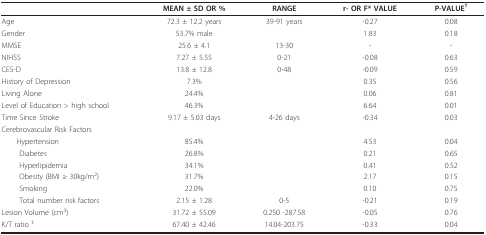
<table><thead><tr><td></td><td><b>MEAN ± SD OR %</b></td><td><b>RANGE</b></td><td><b>r- OR F* VALUE</b></td><td><b>P-VALUE<sup>†</sup></b></td></tr></thead><tbody><tr><td>Age</td><td>72.3 ± 12.2 years</td><td>39-91 years</td><td>-0.27</td><td>0.08</td></tr><tr><td>Gender</td><td>53.7% male</td><td></td><td>1.83</td><td>0.18</td></tr><tr><td>MMSE</td><td>25.6 ± 4.1</td><td>13-30</td><td>-</td><td>-</td></tr><tr><td>NIHSS</td><td>7.27 ± 5.55</td><td>0-21</td><td>-0.08</td><td>0.63</td></tr><tr><td>CES-D</td><td>13.8 ± 12.8</td><td>0-48</td><td>-0.09</td><td>0.59</td></tr><tr><td>History of Depression</td><td>7.3%</td><td></td><td>0.35</td><td>0.56</td></tr><tr><td>Living Alone</td><td>24.4%</td><td></td><td>0.06</td><td>0.81</td></tr><tr><td>Level of Education &gt; high school</td><td>46.3%</td><td></td><td>6.64</td><td>0.01</td></tr><tr><td>Time Since Stroke</td><td>9.17 ± 5.03 days</td><td>4-26 days</td><td>-0.34</td><td>0.03</td></tr><tr><td>Cerebrovascular Risk Factors</td><td></td><td></td><td></td><td></td></tr><tr><td> Hypertension</td><td>85.4%</td><td></td><td>4.53</td><td>0.04</td></tr><tr><td>Diabetes</td><td>26.8%</td><td></td><td>0.21</td><td>0.65</td></tr><tr><td>Hyperlipidemia</td><td>34.1%</td><td></td><td>0.41</td><td>0.52</td></tr><tr><td>Obesity (BMI ≥ 30kg/m<sup>2</sup>)</td><td>31.7%</td><td></td><td>2.17</td><td>0.15</td></tr><tr><td>Smoking</td><td>22.0%</td><td></td><td>0.10</td><td>0.75</td></tr><tr><td>Total number risk factors</td><td>2.15 ± 1.28</td><td>0-5</td><td>-0.21</td><td>0.19</td></tr><tr><td>Lesion Volume (cm<sup>3</sup>)</td><td>31.72 ± 55.09</td><td>0.250 -287.58</td><td>-0.05</td><td>0.76</td></tr><tr><td>K/T ratio <sup>‡</sup></td><td>67.40 ± 42.46 </td><td>14.04-203.75</td><td>-0.33</td><td>0.04</td></tr></tbody></table>